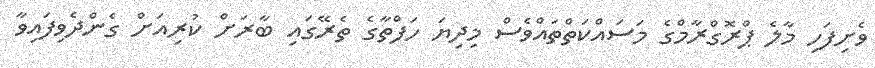
ވެށިފަހި މާލެ ޕްރޮގްރާމްގެ މަސައްކަތްތައްވެސް މިދިޔަ ހަފްތާގެ ތެރޭގައި ބާރަށް ކުރިއަށް ގެންދެވިފައިވާ